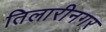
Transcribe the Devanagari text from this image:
तिलारीनगर